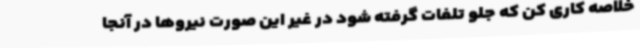
خلاصه کاری کن که جلو تلفات گرفته شود در غیر این صورت نیروها در آنجا